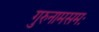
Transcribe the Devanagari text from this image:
गुरुनामसमः